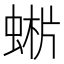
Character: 𧌨